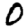
Digit: 0